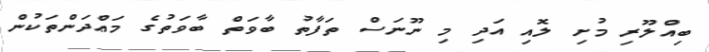
ބިއްލޫރި މުށި ލޮއި އަދި މި ނޫނަސް ތަފާތު ބާވަތް ބާވަތުގެ މަޢްދަންތަކުން